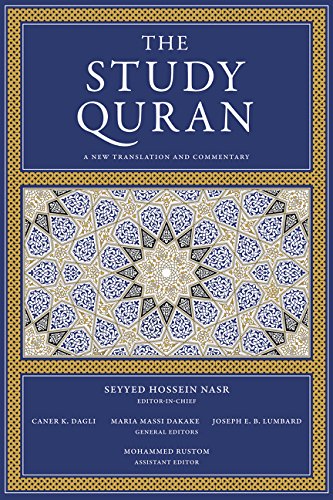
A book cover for The Study Quran: A New Translation and Commentary; Seyyed Hossein Nasr; Religion & Spirituality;